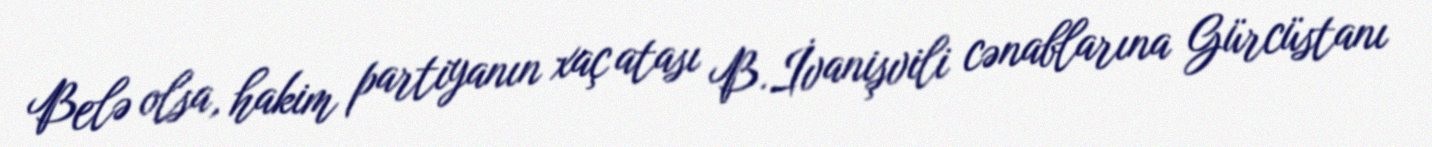
Belə olsa, hakim partiyanın xaç atası B.İvanişvili cənablarına Gürcüstanı